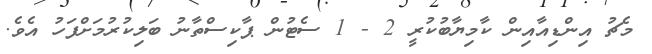
މެޗު އިންޑިއާއިން ކާމިޔާބުކުރީ 2 - 1 ސެޓުން ޕާކިސްތާނު ބަލިކުރުމަށްފަހު އެވެ.